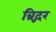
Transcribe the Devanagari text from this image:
ब्रिद्गर